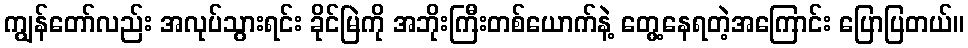
ကျွန်တော်လည်း အလုပ်သွားရင်း ခိုင်မြဲကို အဘိုးကြီးတစ်ယောက်နဲ့ တွေ့နေရတဲ့အကြောင်း ပြောပြတယ်။